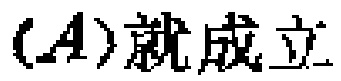
$(A)就成立$